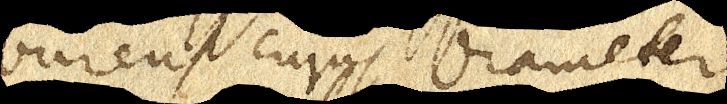
burens cujus diameter